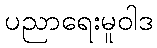
ပညာရေးမူဝါဒ